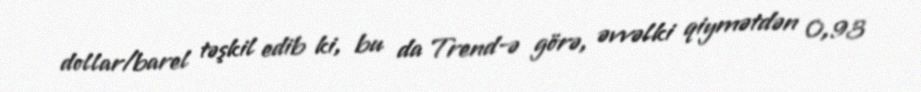
dollar/barel təşkil edib ki, bu da Trend-ə görə, əvvəlki qiymətdən 0,93